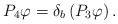
\begin{align*}P_4\varphi = \delta_b\left(P_3\varphi\right) .\end{align*}